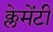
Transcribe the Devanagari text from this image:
क्लेमेंटी